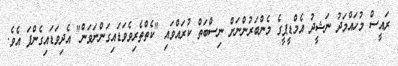
ރައީސް މުހައްމަދު ނަޝީދު އެމްޑީޕީގެ މެންބަރުންނަށް ނިސްބަތް ކުރައްވައި "ކެތްތެރިވެވަޑައިގަންނަވަން" އެދިވަޑައިގެންފަ އެވެ.